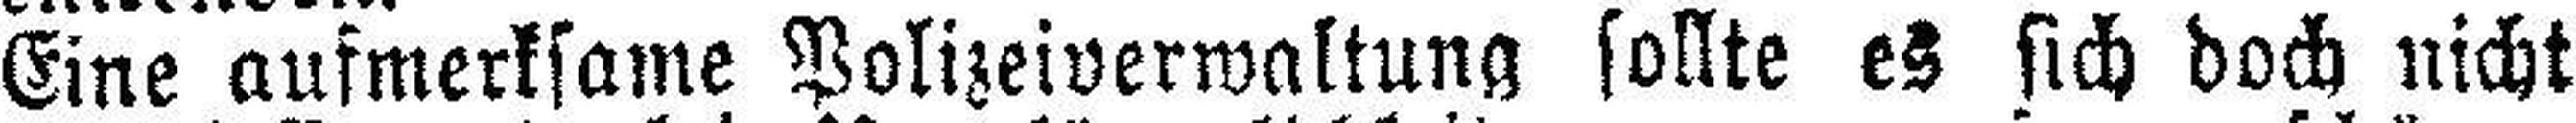
Eine aufmerksame Polizeiverwaltung sollte es sich doch nicht